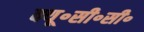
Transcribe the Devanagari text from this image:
क्यू॰सी॰सी॰